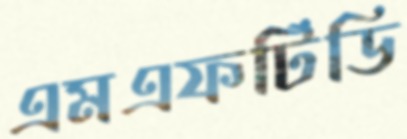
এমএফটিডি